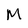
Character: M